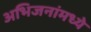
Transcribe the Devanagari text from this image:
अभिजनांमध्ये